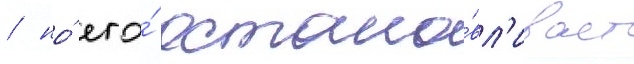
/ но́ его́ остана́вл'ивает